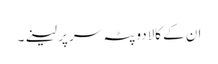
ان کے کالادوپٹہ سر پر لینے۔